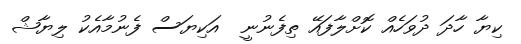
ކިޔާ ހާދަ ދުވަހެއް ކޮށްލާފައޭ ތިފެނުނީ  އަކިޔަސް ފެނުމާއެކު ލިޔާޝް